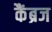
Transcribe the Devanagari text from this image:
कैंब्रज